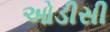
ઓડીસી